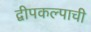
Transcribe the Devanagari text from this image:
द्वीपकल्पाची